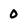
Character: 0